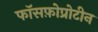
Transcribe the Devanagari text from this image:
फॉसफ़ोप्रोटीन